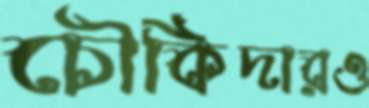
চৌকিদারও